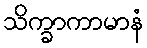
သိက္ခာကာမာနံ